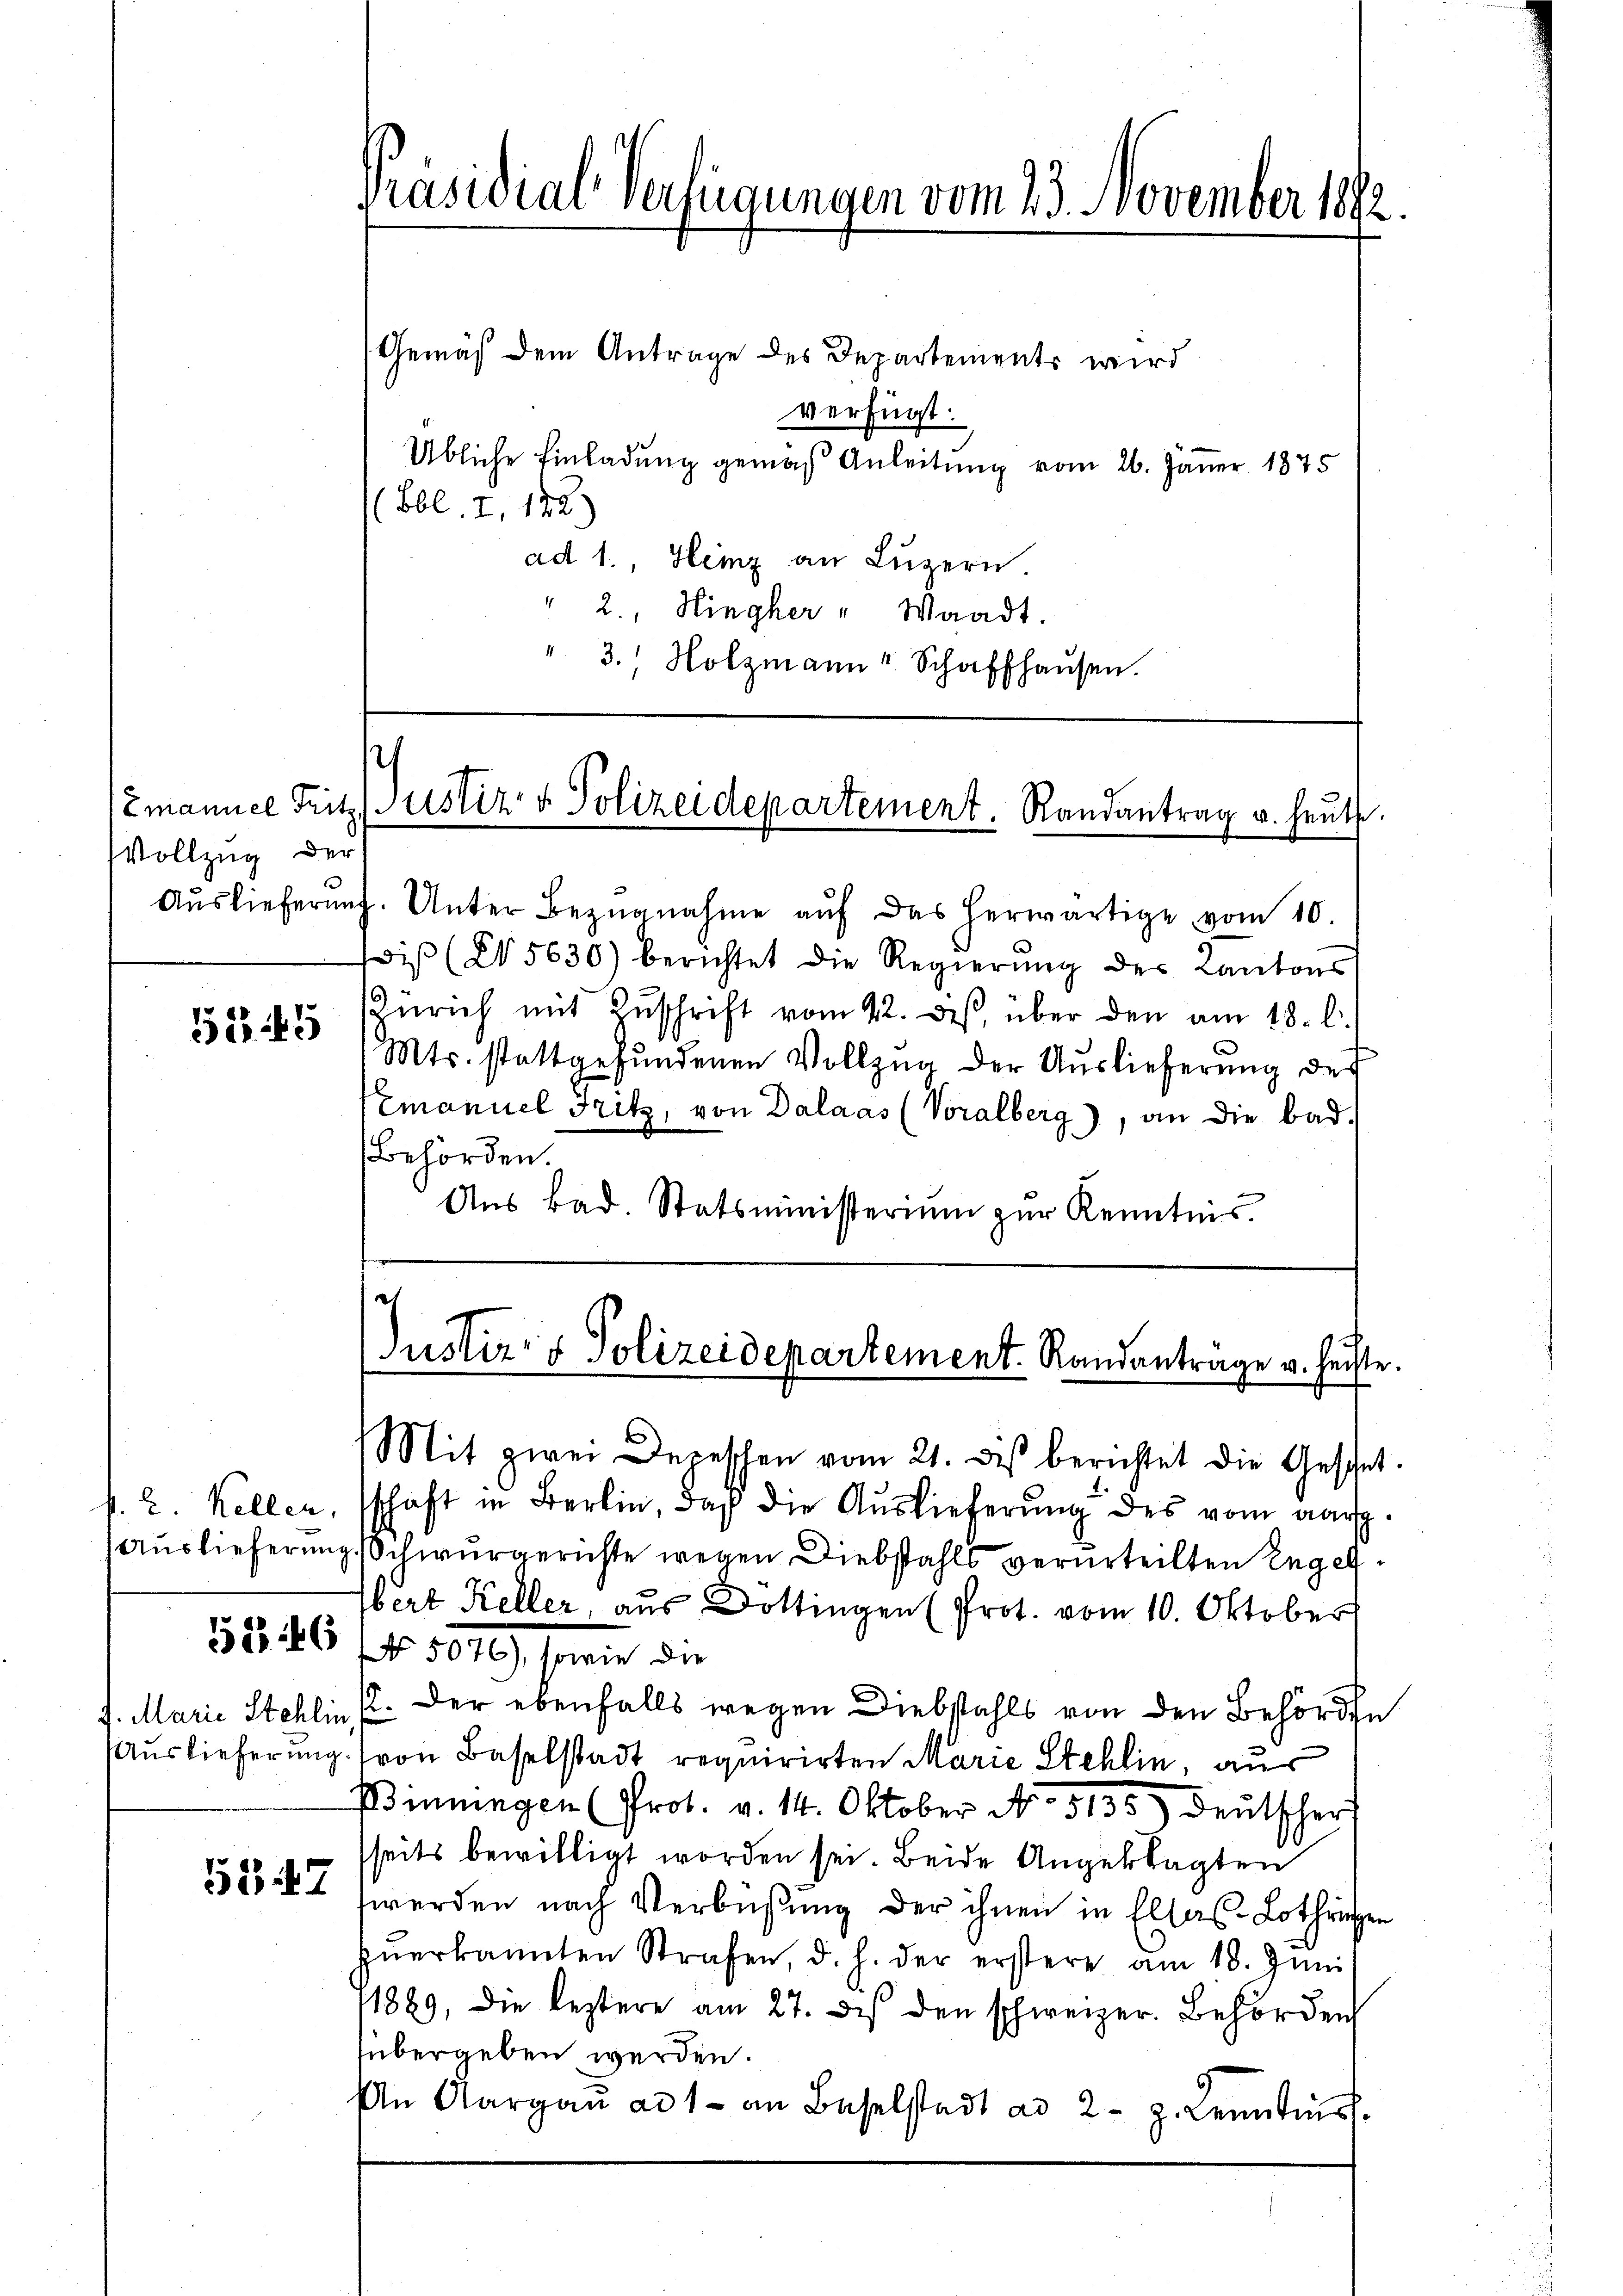
Vollzug der

5345

51:46

5347

Präsidial-Verfügungen vom 23. November 1892

Gemäß dem Antrage des Departements wird
verfügt:
Übliche Einladung gemäß Anleitung vom 26. Jänner 1875
(Bbl. I, 122.)
ad 1., Heiz an Lŭzern.
" 2., Hingher " Waadt.
3. Holzmann" Schaffhausen.

zmannel Frit. Justiz- & Polizeidepartement. Randantrag u. heut

Aŭslieferŭng. Unter Bezŭgnahme aŭf das herwärtige vom 10.
is (5630) berichtet die Regierŭng des Kantons
Zürich mit Zŭschrift vom 12. des über den am 18. l.
Mts. stattgefŭndenen Vollzŭg der Aŭslieferŭng der
Emanuel Fritz, von Dalaas (Voralberg), an die bad.
Bbehörden.
Aŭs Bad. Statsministeriŭm zŭr Kenntnis.

Mit zwei Depeschen vom 21. des berichtet die Geschet.
p. 2. Kellen, schaft in Berlin, daß die Auslieferung des vom aarg
Auslieferung, Schwurgerichte wegen Diebstahls verurteilten Regelbert Keller, aus Dottingen (Prot. vom 10. Oktober
No. 1849 sein de
7. Marie Stehlin 2. Der ebenfalls wegen Diebstahls von den Behörden
Auslieferung. (von Baselstadt requirirten Marie Stehlin, aus
Einungen (Prot. v. 14. Oktober No. 5135) deŭtscher
sseits bewilligt worden sei. Beide Angeklagten
werden nach Verbüßung der ihnen in Elsas-Lothrigen
zŭerkannten Strafen, d. h. der erstere am 18. Jŭni
1889, die leztere am 27. des den schweizer. Behörden
übergeben werden.
An Aargaŭ ad 1. an Baselstadt ad 2. z. Kenntis.

Justiz- & Polizeidepartement. Randantrage u. heiste.